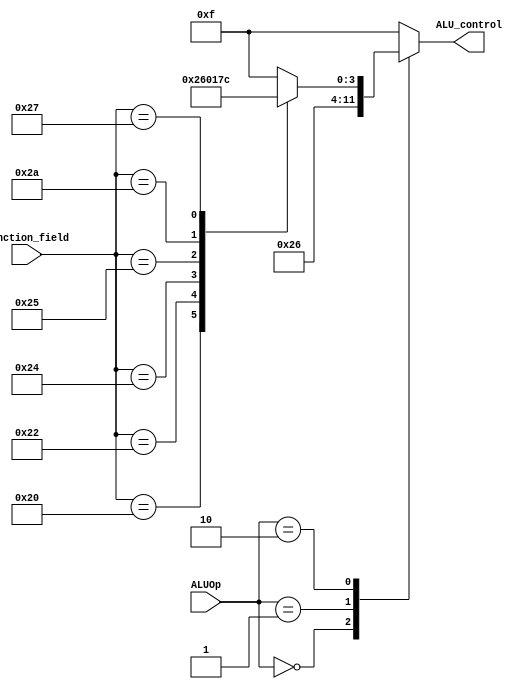
module ALU_Control_Unit
(
	input wire [1:0] ALUOp, 
	input wire [5:0] Function_field, 
	output reg [3:0] ALU_control
);
	

	always @(*) begin
		ALU_control = 4'b1111;  // invalid
		case (ALUOp)
			2'b00 : // LW and SW instructions
			begin
				ALU_control = 4'b0010; // add operation to add (base address + offset) 
			end
			2'b01 : // beq instruction
			begin
				ALU_control = 4'b0110; // subtract operation to subtract the two registers and branch if zero flag goes high
			end
			2'b10 : // R-type instructions 
			begin
				case (Function_field)
					6'b100000 : ALU_control = 4'b0010; // add
					6'b100010 : ALU_control = 4'b0110; // sub
					6'b100100 : ALU_control = 4'b0000; // AND
					6'b100101 : ALU_control = 4'b0001; // OR
					6'b101010 : ALU_control = 4'b0111; // slt
					6'b100111 : ALU_control = 4'b1100; // NOR
					default   : ALU_control = 4'b1111; // invalid
				endcase
			end
			default :
			begin
				ALU_control = 4'b1111;  // invalid
			end
		endcase
	end

endmodule